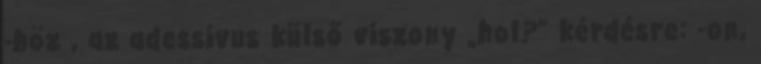
-höz , az adessivus külső viszony „hol?” kérdésre: -on,